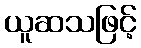
ယူဆသဖြင့်